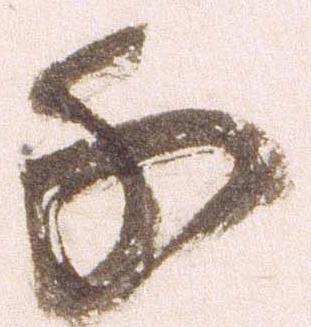
千